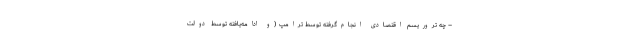
– چه تروریسم اقتصادی انجام‌گرفته توسط ترامپ (و ادامه‌یافته توسط دولت